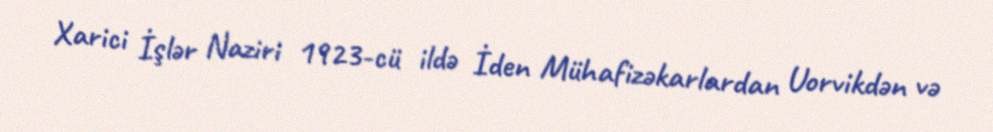
Xarici İşlər Naziri 1923-cü ildə İden Mühafizəkarlardan Uorvikdən və